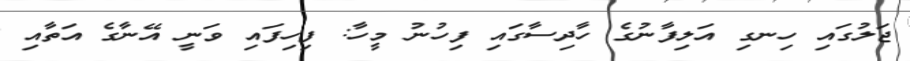
ޖަލުގައި ހިނގި އަލިފާނުގެ ހާދިސާގައި ފިހުނު މީހާ: ފިހިފައި ވަނީ އޭނާގެ އަތާއި